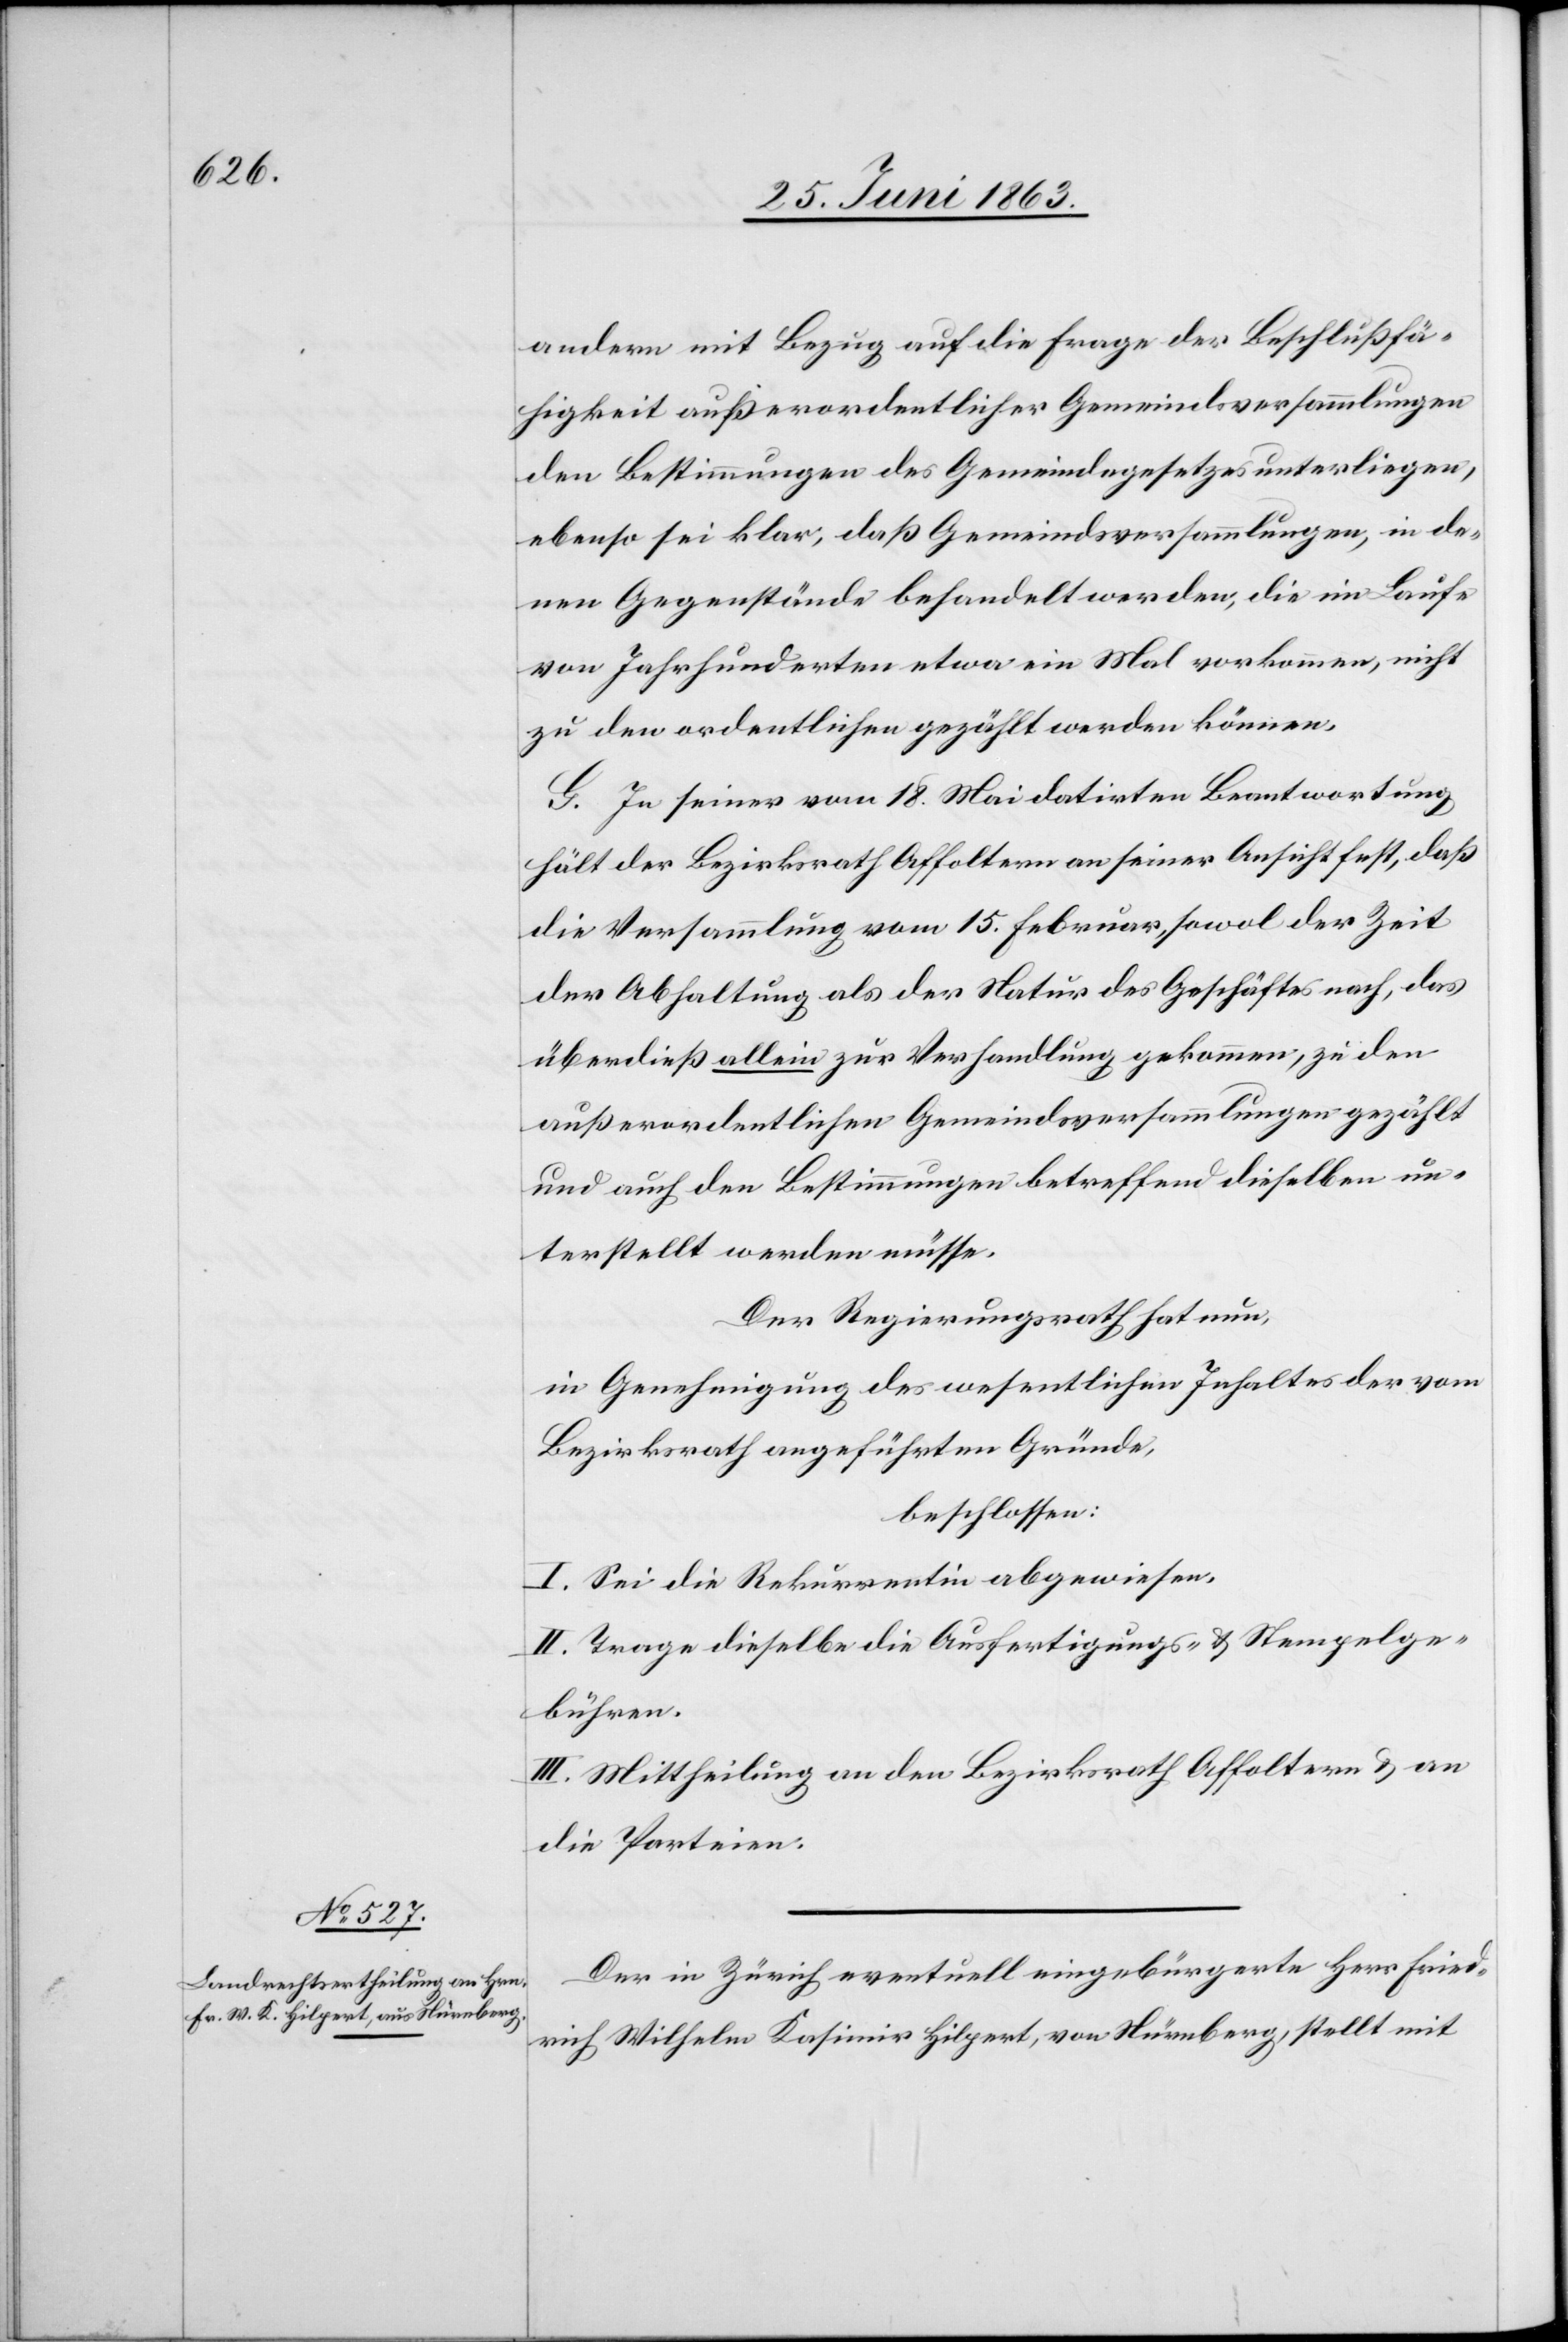
andern mit Bezug auf die Frage der Beschlußfä¬
higkeit außerordentlicher Gemeindsversammlungen
den Bestimmungen des Gemeindegesetzes unterliegen,
ebenso sei klar, daß Gemeindsversammlungen, in de¬
nen Gegenstände behandelt werden, die im Laufe
von Jahrhunderten etwa ein Mal vorkommen, nicht
zu den ordentlichen gezählt werden können.
G. In seiner vom 18. Mai datirten Beantwortung
hält der Bezirksrath Affoltern an seiner Ansicht fest, daß
die Versammlung vom 15. Februar, sowol der Zeit
der Abhaltung als der Natur des Geschäftes nach, das
überdieß allein zur Verhandlung gekommen, zu den
außerordentlichen Gemeindsversammlungen gezählt
und auch den Bestimmungen betreffend dieselben un¬
terstellt werden müsse.
Der Regierungsrath hat nun,
in Genehmigung des wesentlichen Inhaltes der vom
Bezirksrath angeführten Gründe,
beschlossen:
I. Sei die Rekurrentin abgewiesen.
II. Trage dieselbe die Ausfertigungs- & Stempelge¬
bühren.
III. Mittheilung an den Bezirksrath Affoltern & an
die Parteien.
Der in Zürich eventuell eingebürgerte Herr Fried¬
rich Wilhelm Kasimir Hilpert, von Nürnberg, stellt mit